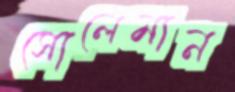
সোলেমান